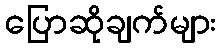
ပြောဆိုချက်များ